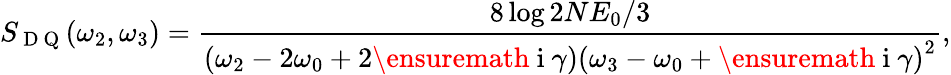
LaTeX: S_{\mathrm{~D~Q~}}(\omega_{2},\omega_{3})=\frac{8\log 2NE_{0}/3}{\left(\omega_{2}-2\omega_{0}+2\ensuremath{\mathrm{~i~}}\gamma\right)\left(\omega_{3}-\omega_{0}+\ensuremath{\mathrm{~i~}}\gamma\right)^{2}},